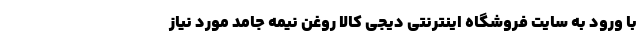
با ورود به سایت فروشگاه اینترنتی دیجی کالا روغن نیمه جامد مورد نیاز